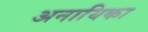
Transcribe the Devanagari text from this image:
अनायिका